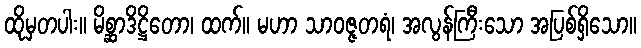
ထိုမှတပါး။ မိစ္ဆာဒိဋ္ဌိတော၊ ထက်။ မဟာ သာဝဇ္ဇတရံ၊ အလွန်ကြီးသော အပြစ်ရှိသော။